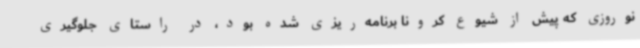
نوروزی که پیش از شیوع کرونا برنامه‌ریزی شده بود، در راستای جلوگیری